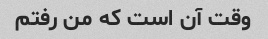
وقت آن است که من رفتم